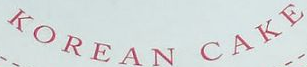
KOREAN CAKE